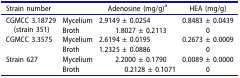
| Strain number |  | Adenosine (mg/g)a | HEA (mg/g) |
 | --- | --- | --- | --- |
 | <ROWSPAN=2> CGMCC 3.18729(strain 351) | Mycelium | 2.9149 ± 0.0254 | 0.8483 ± 0.0439 |
 | Broth | 1.8027 ± 0.2113 | 0 |
 | <ROWSPAN=2> CGMCC 3.3575 | Mycelium | 2.6194 ± 0.0195 | 0.2673 ± 0.0009 |
 | Broth | 1.2325 ± 0.0886 | 0 |
 | <ROWSPAN=2> Strain 627 | Mycelium | 2.2000 ± 0.1790 | 0.0089 ± 0.0000 |
 | Broth | 0.2128 ± 0.1071 | 0 |